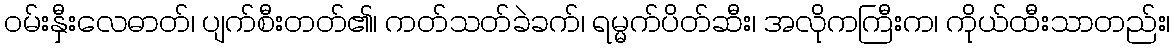
ဝမ်းနှီးလေဓာတ်၊ ပျက်စီးတတ်၏၊ ကတ်သတ်ခဲခက်၊ ရမ္မက်ပိတ်ဆီး၊ အလိုကကြီးက၊ ကိုယ်ထီးသာတည်း၊